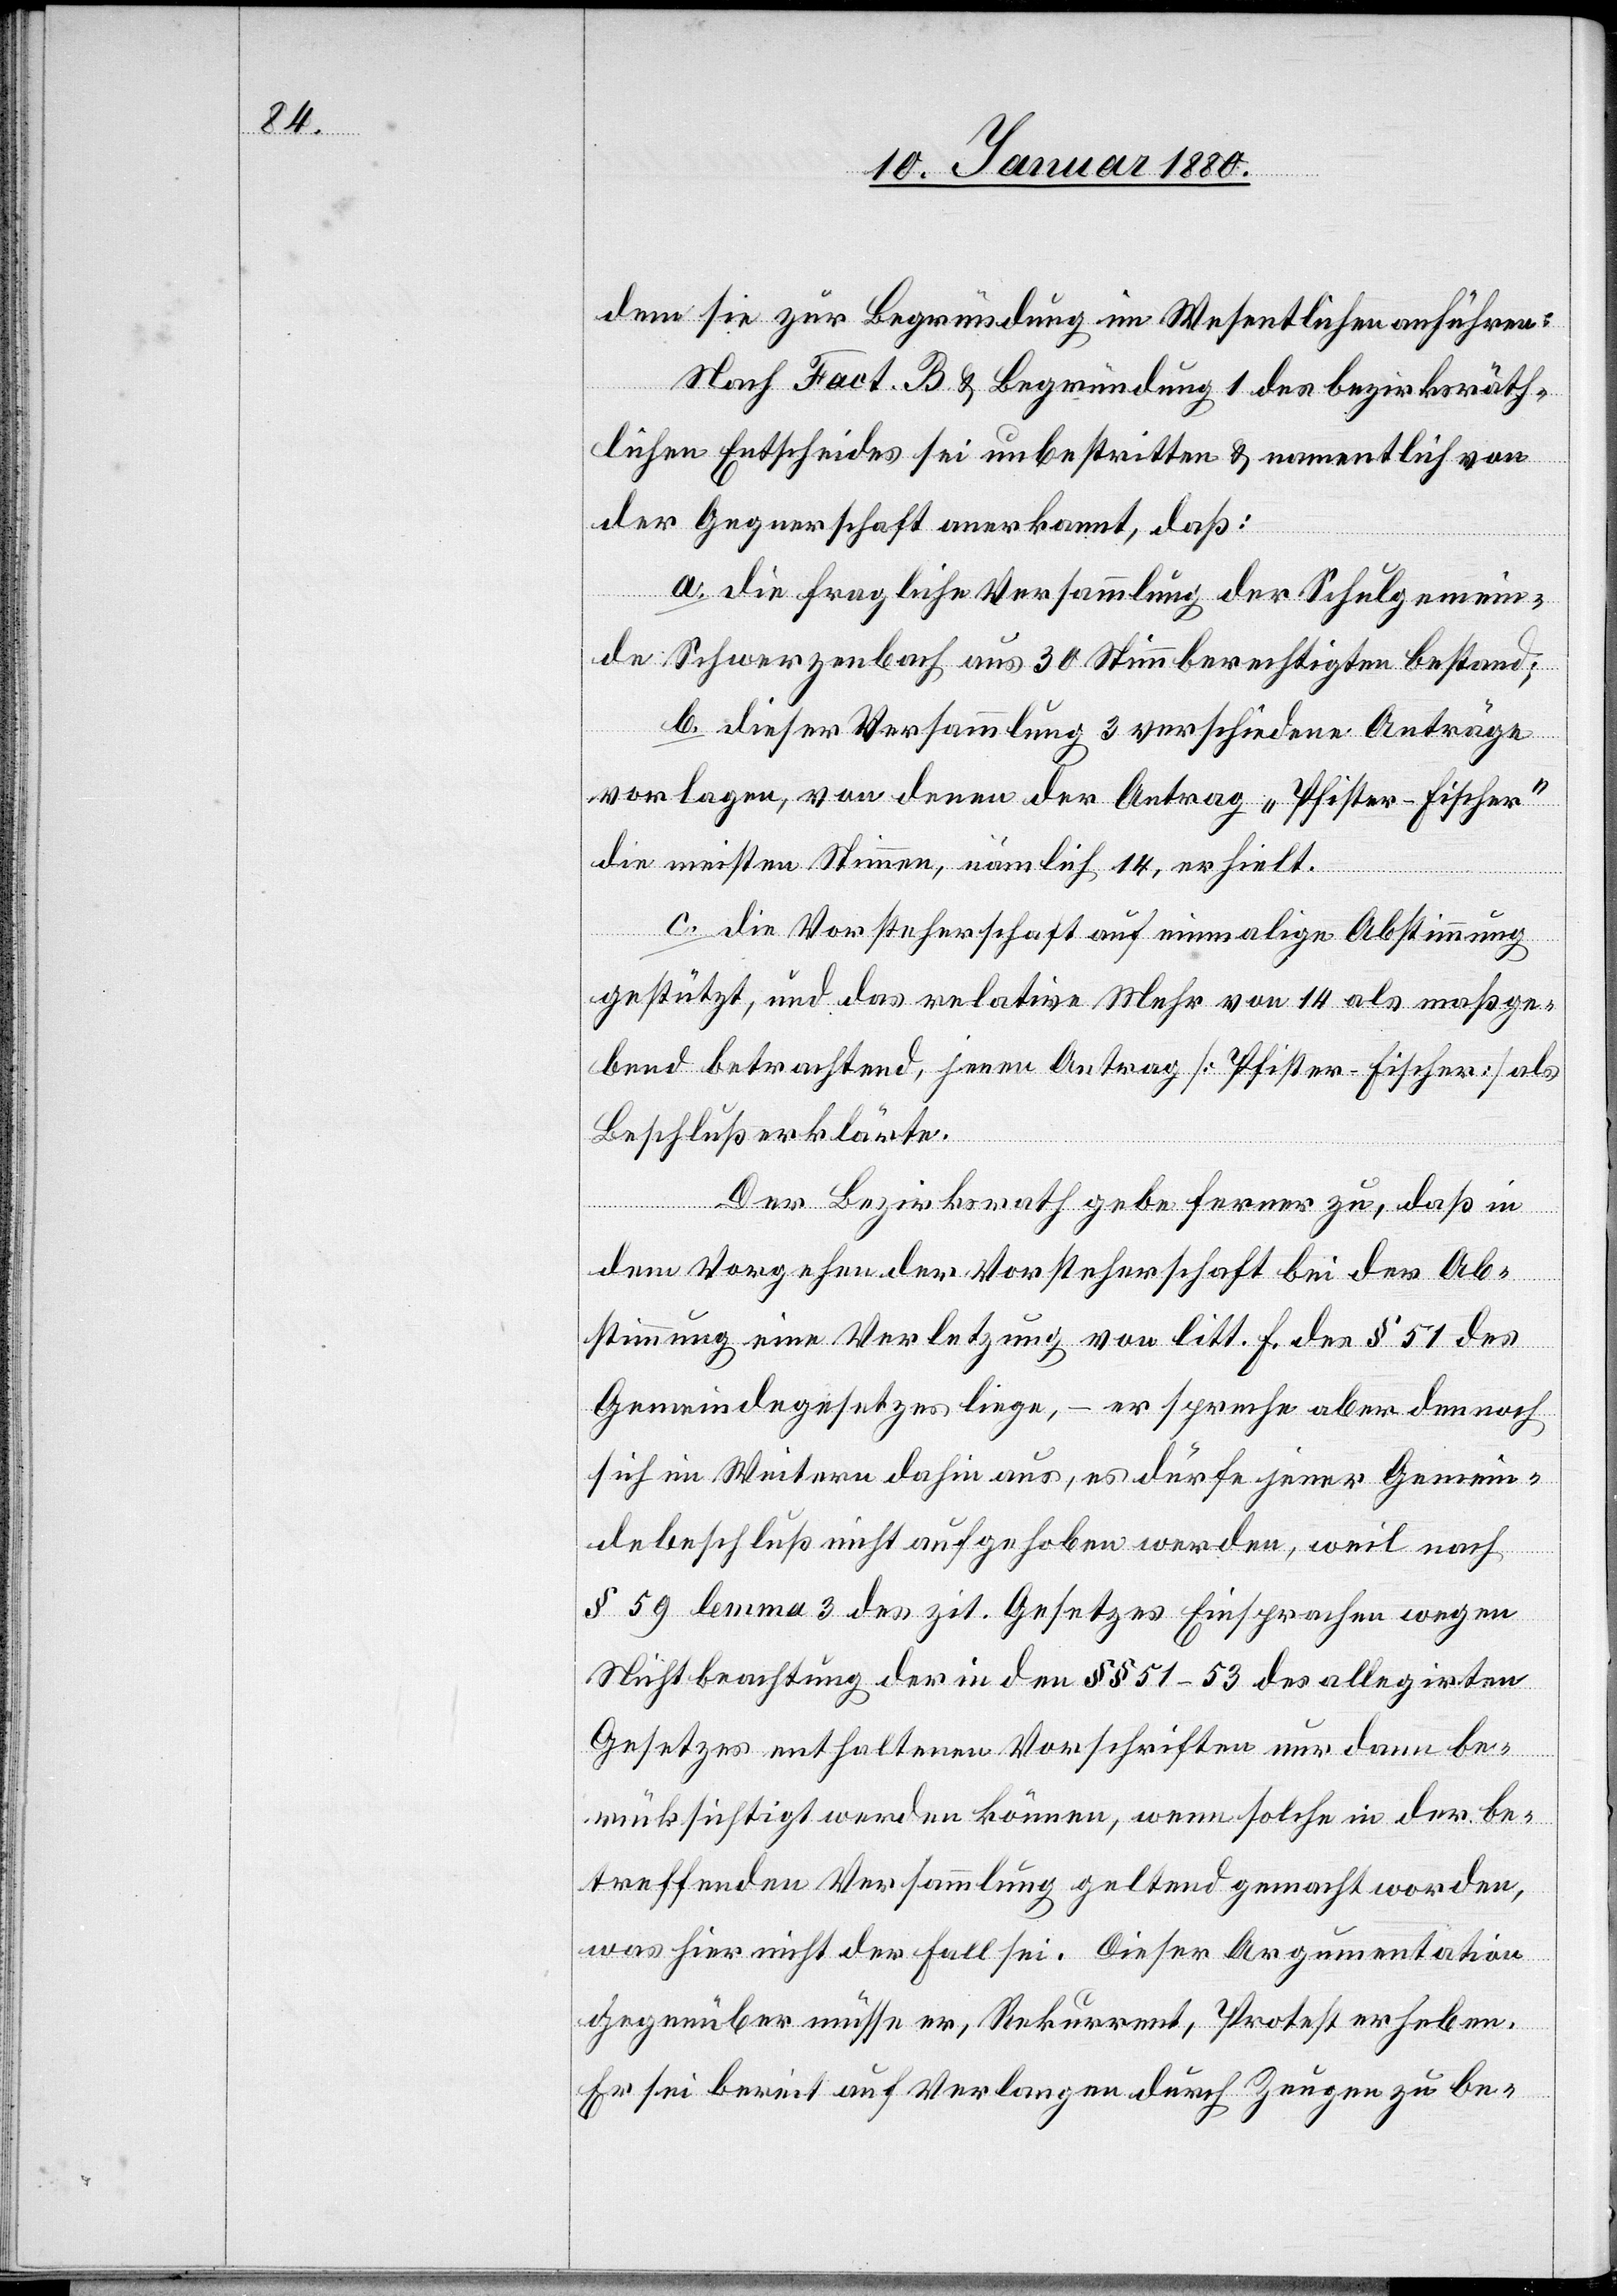
dem sie zur Begründung im Wesentlichen anführen:
Nach Fact. B & Begründung 1 des bezirksräth¬
lichen Entscheides sei unbestritten & namentlich von
der Gegnerschaft anerkannt, daß.
a. die fragliche Versammlung der Schulgemein¬
de Schwerzenbach aus 30 Stimmberechtigten bestand;
b. dieser Versammlung 3 verschiedene Anträge
vorlagen, von denen der Antrag „Pfister Fischer“
die meisten Stimmen, nämlich 14, erhielt.
c. die Vorsteherschaft auf einmalige Abstimmung
gestützt, und das relative Mehr von 14 als maßge¬
bend betrachtend, jenen Antrag [Pfister Fischer] als
Beschluß erklärte.
Der Bezirksrath gebe ferner zu, daß in
dem Vorgehen der Vorsteherschaft bei der Ab¬
stimmung eine Verletzung von litt. f. des § 51 des
Gemeindegesetzes liege, – er spreche aber demnach
sich im Weitern dahin aus, es dürfe jener Gemein¬
debeschluß nicht aufgehoben werden, weil nach
§ 59 lemma 3 des zit. Gesetzes Einsprachen wegen
Nichtbeachtung der in §§ 51–53 des allegirten
Gesetzes enthaltenen Vorschriften nur dann be¬
rücksichtigt werden können, wenn solche in der be¬
treffenden Versammlung geltend gemacht worden,
was hier nicht der Fall sei. Dieser Argumentation
gegenüber müsse er, Rekurrent, Protest erheben.
Er sei bereits auf Verlangen durch Zeugen zu be-